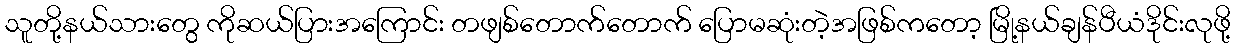
သူတို့နယ်သားတွေ ကိုဆယ်ပြားအကြောင်း တဖျစ်တောက်တောက် ပြောမဆုံးတဲ့အဖြစ်ကတော့ မြို့နယ်ချန်ပီယံဒိုင်းလုဖို့